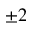
\pm 2